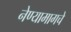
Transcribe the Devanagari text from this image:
नेण्यामागचे